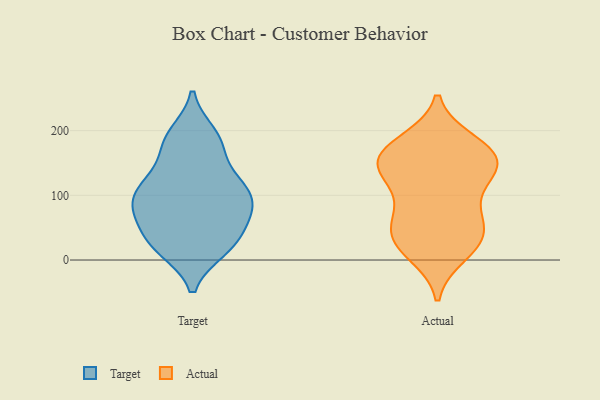
{"axis": {"x": "Demand Index", "y": "Value"}, "legend": ["Actual", "Target"], "data": [{"x": "", "y": 92, "type": "Target"}, {"x": "", "y": 194, "type": "Target"}, {"x": "", "y": 33, "type": "Target"}, {"x": "", "y": 135, "type": "Target"}, {"x": "", "y": 113, "type": "Target"}, {"x": "", "y": 67, "type": "Target"}, {"x": "", "y": 97, "type": "Target"}, {"x": "", "y": 100, "type": "Target"}, {"x": "", "y": 74, "type": "Target"}, {"x": "", "y": 112, "type": "Target"}, {"x": "", "y": 173, "type": "Target"}, {"x": "", "y": 184, "type": "Target"}, {"x": "", "y": 23, "type": "Target"}, {"x": "", "y": 17, "type": "Target"}, {"x": "", "y": 19, "type": "Target"}, {"x": "", "y": 25, "type": "Target"}, {"x": "", "y": 71, "type": "Target"}, {"x": "", "y": 117, "type": "Target"}, {"x": "", "y": 65, "type": "Target"}, {"x": "", "y": 186, "type": "Target"}, {"x": "", "y": 163, "type": "Actual"}, {"x": "", "y": 178, "type": "Actual"}, {"x": "", "y": 130, "type": "Actual"}, {"x": "", "y": 71, "type": "Actual"}, {"x": "", "y": 153, "type": "Actual"}, {"x": "", "y": 52, "type": "Actual"}, {"x": "", "y": 138, "type": "Actual"}, {"x": "", "y": 30, "type": "Actual"}, {"x": "", "y": 149, "type": "Actual"}, {"x": "", "y": 182, "type": "Actual"}, {"x": "", "y": 28, "type": "Actual"}, {"x": "", "y": 93, "type": "Actual"}, {"x": "", "y": 163, "type": "Actual"}, {"x": "", "y": 59, "type": "Actual"}, {"x": "", "y": 10, "type": "Actual"}, {"x": "", "y": 25, "type": "Actual"}, {"x": "", "y": 137, "type": "Actual"}]}